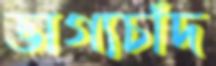
ভাগ্যচাঁদ